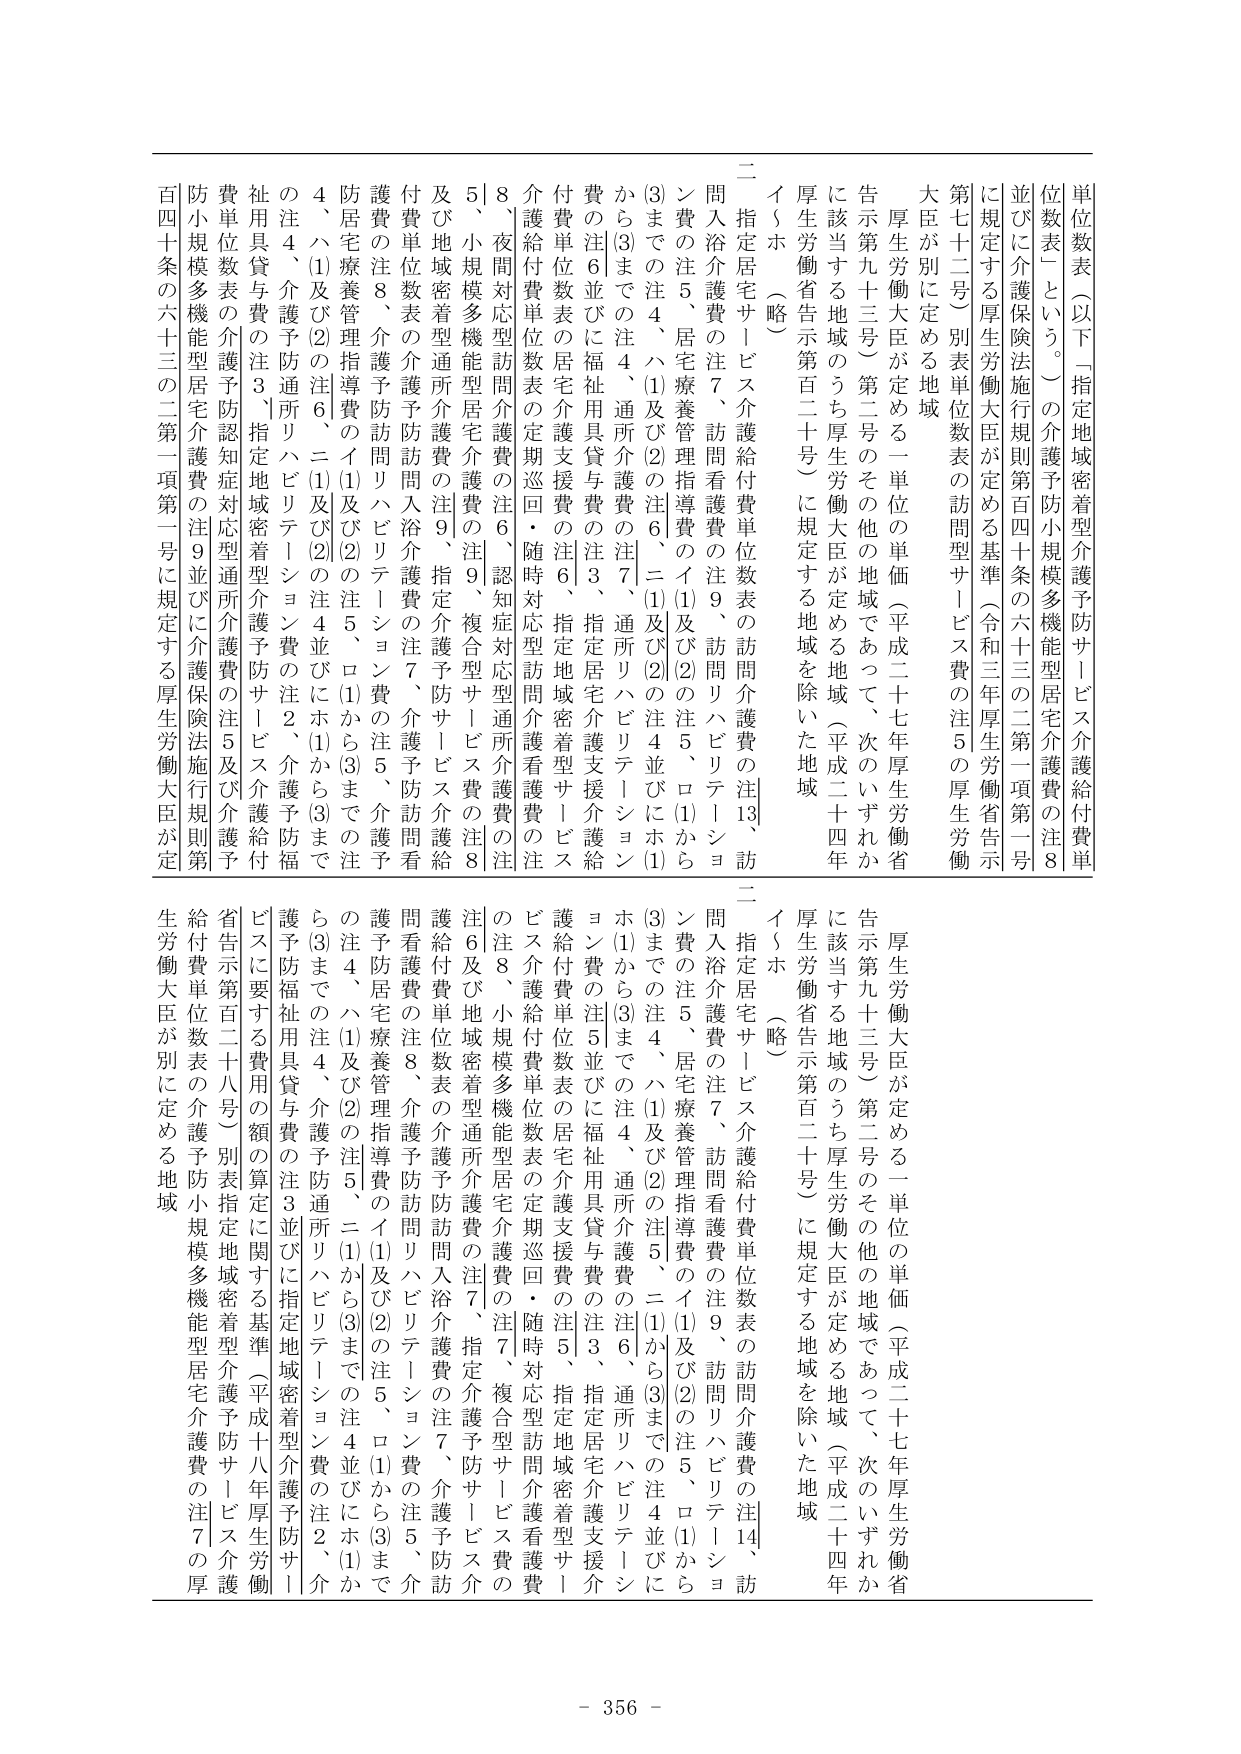
単位数表（以下「指定地域密着型介護予防サービス介護給付費単位数表」という。）の介護予防小規模多機能型住宅介護費の注8並びに介護保険法施行規則第百四十条の六十三の二第一項第一号に規定する厚生労働大臣が定める基準（令和三年厚生労働省告示第七十二号）別表単位数表の訪問型サービス費の注5の厚生労働大臣が別に定める地域

厚生労働大臣が定める一単位の単価（平成二十七年厚生労働省告示第九十三号）第二号のその他の地域であって、次のいずれかに該当する地域のうち厚生労働大臣が定める地域（平成二十四年厚生労働省告示第百二十号）に規定する地域を除いた地域

イ～ホ（略）

二 指定居宅サービス介護給付費単位数表の訪問介護費の注13、訪問入浴介護費の注7、訪問看護費の注9、訪問リハビリテーション費の注5、住宅療養管理指導費のイ(1)及び(2)の注5、ロ(1)から(3)までの注4、ハ(1)及び(2)の注6、ニ(1)及び(2)の注4並びにホ(1)から(3)までの注4、通所介護費の注7、通所リハビリテーション費の注6並びに福祉用具貸与費の注3、指定居宅介護支援介護給付費単位数表の居宅介護支援費の注6、指定地域密着型サービス介護給付費単位数表の定期巡回・随時対応型訪問介護看護費の注8、夜間対応型訪問介護費の注6、認知症対応型通所介護費の注5、小規模多機能型居宅介護費の注9、複合型サービス費の注8及び地域密着型通所介護費の注9、指定介護予防サービス介護給付費単位数表の介護予防訪問入浴介護費の注7、介護予防訪問看護費の注8、介護予防訪問リハビリテーション費の注5、介護予防居宅療養管理指導費のイ(1)及び(2)の注5、ロ(1)から(3)までの注4、ハ(1)及び(2)の注6、ニ(1)及び(2)の注4並びにホ(1)から(3)までの注4、介護予防通所リハビリテーション費の注2、介護予防福祉用具貸与費の注3、指定地域密着型介護予防サービス介護給付費単位数表の介護予防認知症対応型通所介護費の注5及び介護予防小規模多機能型居宅介護費の注9並びに介護保険法施行規則第百四十条の六十三の二第一項第一号に規定する厚生労働大臣が定

厚生労働大臣が定める一単位の単価（平成二十七年厚生労働省告示第九十三号）第二号のその他の地域であって、次のいずれかに該当する地域のうち厚生労働大臣が定める地域（平成二十四年厚生労働省告示第百二十号）に規定する地域を除いた地域

イ～ホ（略）

二 指定居宅サービス介護給付費単位数表の訪問介護費の注14、訪問入浴介護費の注7、訪問看護費の注9、訪問リハビリテーション費の注5、住宅療養管理指導費のイ(1)及び(2)の注5、ロ(1)から(3)までの注4、ハ(1)及び(2)の注5、ニ(1)から(3)までの注4並びにホ(1)から(3)までの注4、通所介護費の注6、通所リハビリテーション費の注5並びに福祉用具貸与費の注3、指定居宅介護支援介護給付費単位数表の居宅介護支援費の注5、指定地域密着型サービス介護給付費単位数表の定期巡回・随時対応型訪問介護看護費の注8、小規模多機能型居宅介護費の注7、複合型サービス費の注6及び地域密着型通所介護費の注7、指定介護予防サービス介護給付費単位数表の介護予防訪問入浴介護費の注7、介護予防訪問看護費の注8、介護予防訪問リハビリテーション費の注5、介護予防居宅療養管理指導費のイ(1)及び(2)の注5、ロ(1)から(3)までの注4、ハ(1)及び(2)の注5、ニ(1)から(3)までの注4並びにホ(1)から(3)までの注4、介護予防通所リハビリテーション費の注2、介護予防福祉用具貸与費の注3並びに指定地域密着型介護予防サービス介護給付費単位数表の介護予防小規模多機能型居宅介護費の注7の厚生労働大臣が別に定める地域

- 356 -